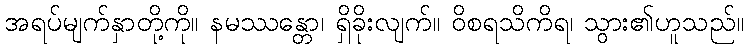
အရပ်မျက်နှာတို့ကို။ နမဿန္တော၊ ရှိခိုးလျက်။ ဝိစရသိကိရ၊ သွား၏ဟူသည်။